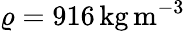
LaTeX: \varrho=916\mathrm{\, kg\, m^{-3}}